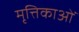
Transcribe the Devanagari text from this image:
मृत्तिकाओं